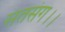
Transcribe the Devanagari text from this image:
सतसंग।।